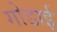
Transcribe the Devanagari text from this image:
गोडाई